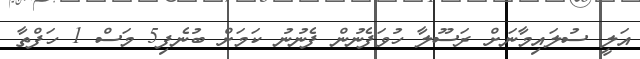
އަލީ ސުލައިމާނަށް ރަސޫލާ ހުވަފެނުން ފެނުނު ކަމަށް ބުނެފި5 މަސް 1 ހަފްތާ